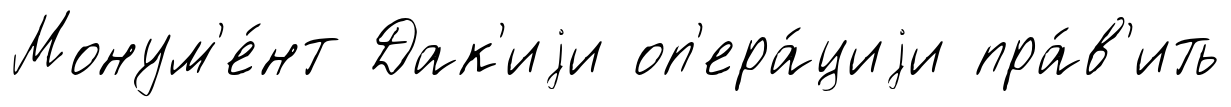
Монум'е́нт Дак'иjи оп'ера́циjи пра́в'ить